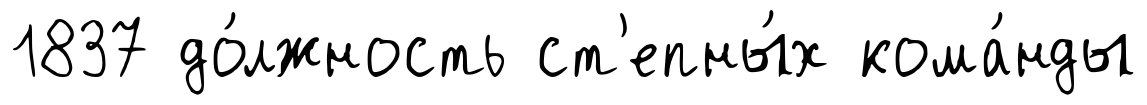
1837 до́лжность ст'епны́х кома́нды